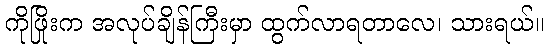
ကိုဖြိုးက အလုပ်ချိန်ကြီးမှာ ထွက်လာရတာလေ၊ သားရယ်။